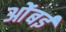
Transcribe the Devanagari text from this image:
ओंबई